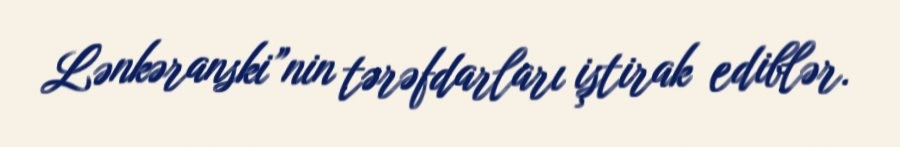
Lənkəranski”nin tərəfdarları iştirak ediblər.